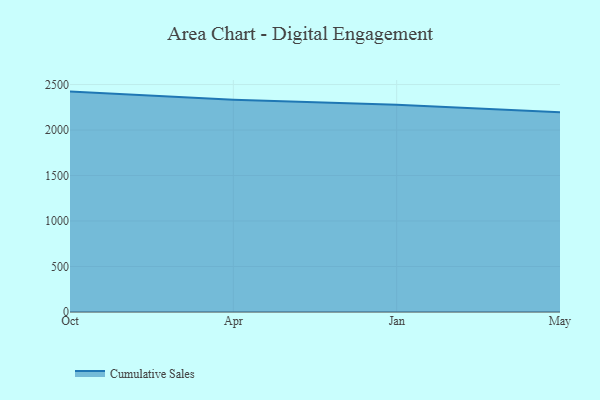
{"axis": {"x": "Month", "y": "Page Views"}, "legend": ["Cumulative Sales"], "data": [{"x": "Oct", "y": 2422.6, "type": "Cumulative Sales"}, {"x": "Apr", "y": 2332.5, "type": "Cumulative Sales"}, {"x": "Jan", "y": 2278.7, "type": "Cumulative Sales"}, {"x": "May", "y": 2195.4, "type": "Cumulative Sales"}]}